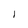
Character: l